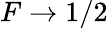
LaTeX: F\to 1/2